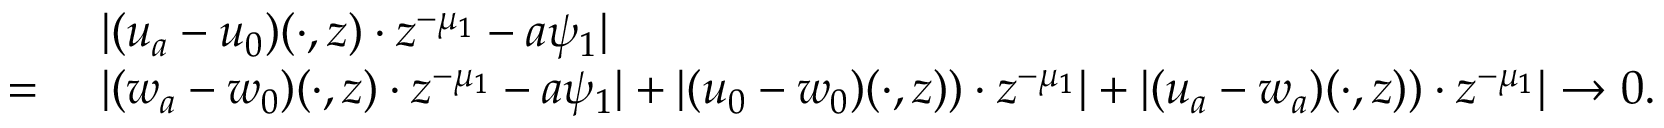
\begin{array} { r l } & { \ | ( u _ { a } - u _ { 0 } ) ( \cdot , z ) \cdot z ^ { - \mu _ { 1 } } - a \psi _ { 1 } | } \\ { = } & { \ | ( w _ { a } - w _ { 0 } ) ( \cdot , z ) \cdot z ^ { - \mu _ { 1 } } - a \psi _ { 1 } | + | ( u _ { 0 } - w _ { 0 } ) ( \cdot , z ) ) \cdot z ^ { - \mu _ { 1 } } | + | ( u _ { a } - w _ { a } ) ( \cdot , z ) ) \cdot z ^ { - \mu _ { 1 } } | \to 0 . } \end{array}